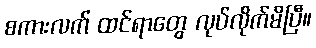
စကားလက် ထင်ရာတွေ လုပ်လိုက်မိပြီ။